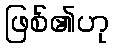
ဖြစ်၏ဟု